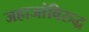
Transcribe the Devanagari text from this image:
जहाजांविरुद्ध